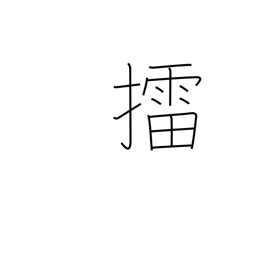
Meaning: mash